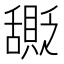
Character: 𬜎